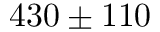
4 3 0 \pm 1 1 0